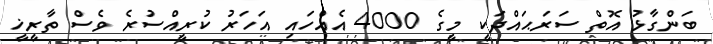
ބަންގާޅު އޮތް ސަރަޙައްދަކީ މީގެ 4000 އެއްހައި އަހަރު ކުރީއްސުރެ ވެސް ތާރީޚީ